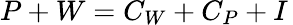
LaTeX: \textstyle P+W=C_{W}+C_{P}+I\,